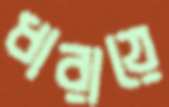
ধারায়ে